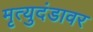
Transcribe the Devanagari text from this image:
मृत्युदंडावर